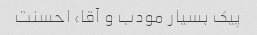
پیک بسیار مودب و آقا، احسنت